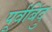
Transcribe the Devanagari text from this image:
पूर्वबिंदु